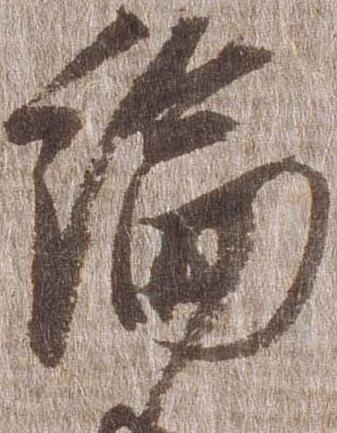
綸